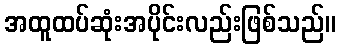
အထူထပ်ဆုံးအပိုင်းလည်းဖြစ်သည်။